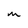
Character: M